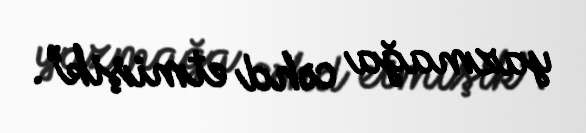
yazmağa cəhd etmişik”.